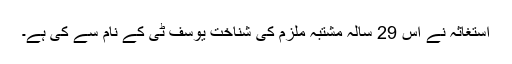
استغاثہ نے اس 29 سالہ مشتبہ ملزم کی شناخت یوسف ٹی کے نام سے کی ہے۔